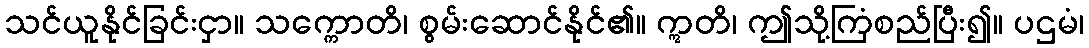
သင်ယူနိုင်ခြင်းငှာ။ သက္ကောတိ၊ စွမ်းဆောင်နိုင်၏။ ဣတိ၊ ဤသို့ကြံစည်ပြီး၍။ ပဌမံ၊